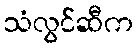
သံလွင်ဆီက